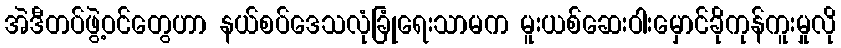
အဲဒီတပ်ဖွဲ့ဝင်တွေဟာ နယ်စပ်ဒေသလုံခြုံရေးသာမက မူးယစ်ဆေးဝါးမှောင်ခိုကုန်ကူးမှုလို